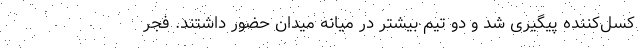
کسل‌کننده پیگیری شد و دو تیم بیشتر در میانه میدان حضور داشتند. فجر